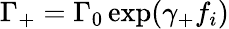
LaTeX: \Gamma_{+}=\Gamma_{0}\exp(\gamma_{+}f_{i})